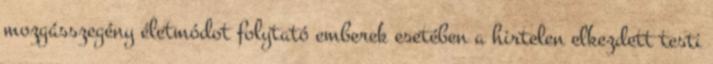
mozgásszegény életmódot folytató emberek esetében a hirtelen elkezdett testi